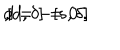
d = - [ s , \delta ] \hspace { 0 . 7 c m } , \hspace { 0 . 7 c m } [ d , \delta ] = 0 \ .